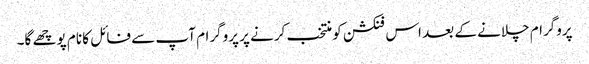
پروگرام چلانے کے بعد اس فنکشن کو منتخب کرنے پر پروگرام آپ سے فائل کا نام پوچھے گا۔